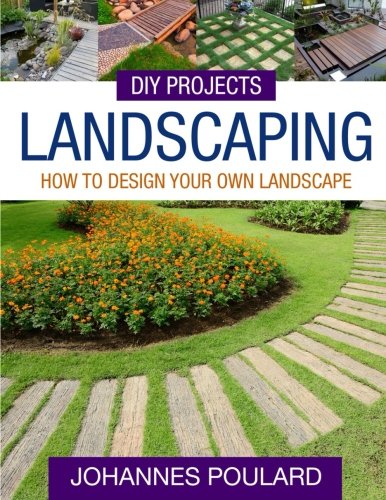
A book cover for DIY Projects: Landscaping: How To Design Your Own Landscape; Johannes Poulard; Crafts, Hobbies & Home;